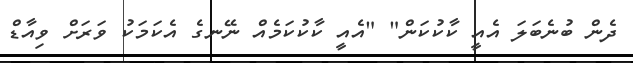
ދެން ބުނެބަލަ އެއީ ކާކުކަން" "އެއީ ކާކުކަމެއް ނޭނގެ އެކަމަކު ވަރަށް ވިއާޑް